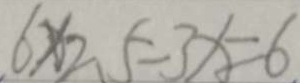
. 6 \times 2 . 5 - 3 x = 6 .